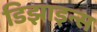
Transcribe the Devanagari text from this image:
डिझाइन्स